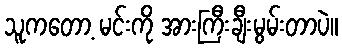
သူကတော့ မင်းကို အားကြီးချီးမွမ်းတာပဲ။